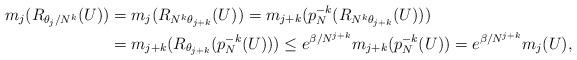
LaTeX: \begin{align*}m_j(R_{\theta_j/N^k}(U)) &= m_j(R_{N^k\theta_{j+k}}(U))= m_{j+k}(p_N^{-k}(R_{N^k\theta_{j+k}}(U)))\\&= m_{j+k}(R_{\theta_{j+k}}(p_N^{-k}(U)))\le e^{\beta/N^{j+k}}m_{j+k}(p_N^{-k}(U))=e^{\beta/N^{j+k}}m_j(U),\end{align*}